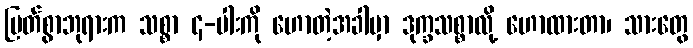
မြတ်စွာဘုရားက သစ္စာ ၄-ပါးကို ဟောတဲ့အခါမှာ ဒုက္ခသစ္စာလို့ ဟောထားတာ၊ သားတွေ